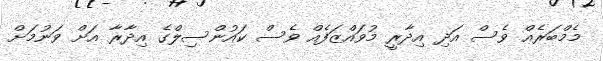
މެމްބަރެއް ވެސް އަދި އިދާރީ މުވައްޒަފެއް ވެސް ކައުންސިލްގެ އިދާރާ އަށް ވަނުމަށް